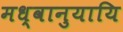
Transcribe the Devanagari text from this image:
मध्वानुयायि